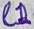
Text: L1